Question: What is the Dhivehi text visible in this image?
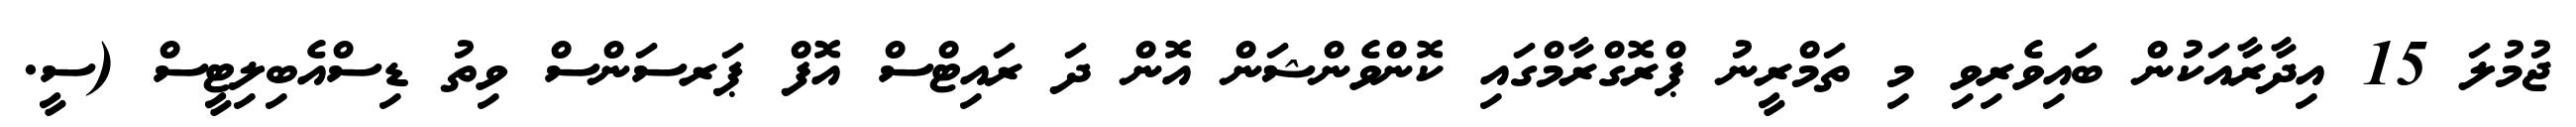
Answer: ޖުމުލަ 15 އިދާރާއަކުން ބައިވެރިވި މި ތަމްރީނު ޕްރޮގްރާމްގައި ކޮންވެންޝަން އޮން ދަ ރައިޓްސް އޮފް ޕަރސަންސް ވިތު ޑިސްއެބިލިޓީސް (ސީ.